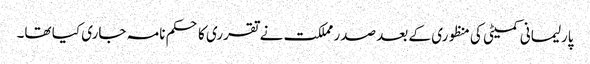
پارلیمانی کمیٹی کی منظوری کے بعد صدر مملکت نے تقرری کا حکم نامہ جاری کیا تھا۔